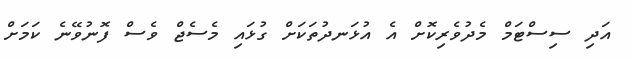
އަދި ސިސްޓަމް މެދުވެރިކޮށް އެ އުޅަނދުތަކަށް ގުޅައި މެސެޖް ވެސް ފޮނުވޭނެ ކަމަށް